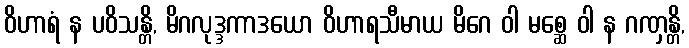
ဝိဟာရံ န ပဝိသန္တိ, မိဂလုဒ္ဒကာဒယော ဝိဟာရသီမာယ မိဂေ ဝါ မစ္ဆေ ဝါ န ဂဏှန္တိ,